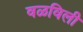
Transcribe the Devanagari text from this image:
वळविली